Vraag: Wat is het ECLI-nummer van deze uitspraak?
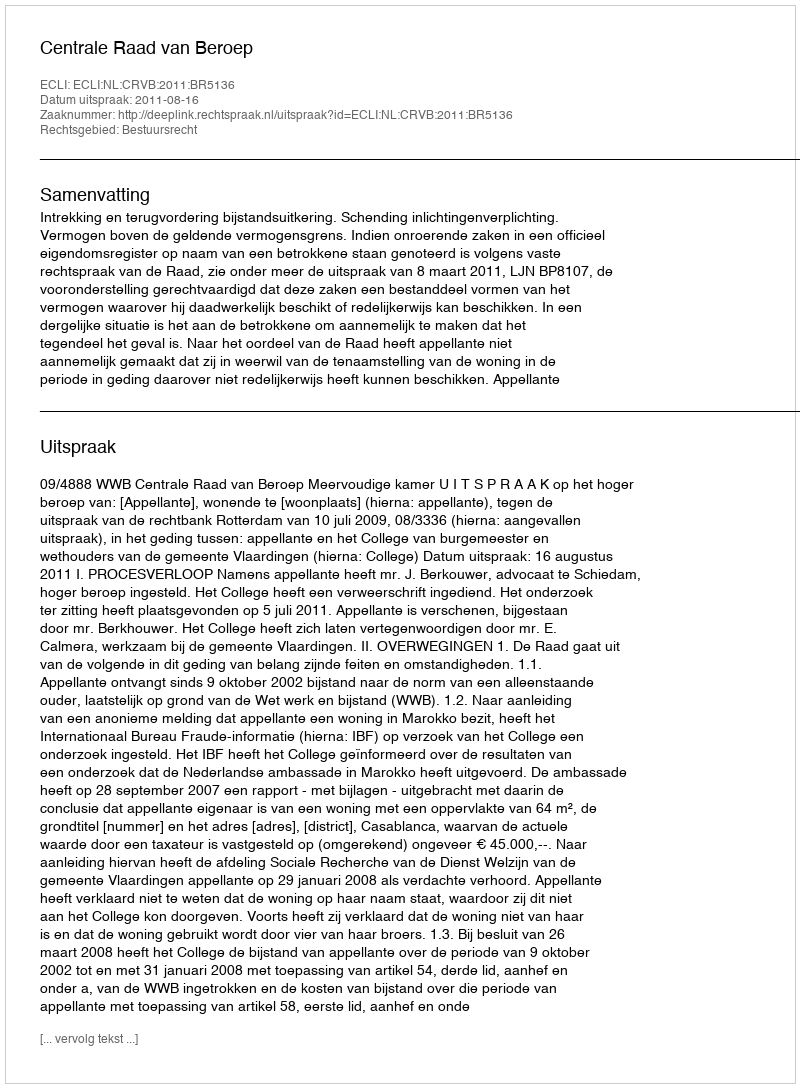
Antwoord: ECLI:NL:CRVB:2011:BR5136